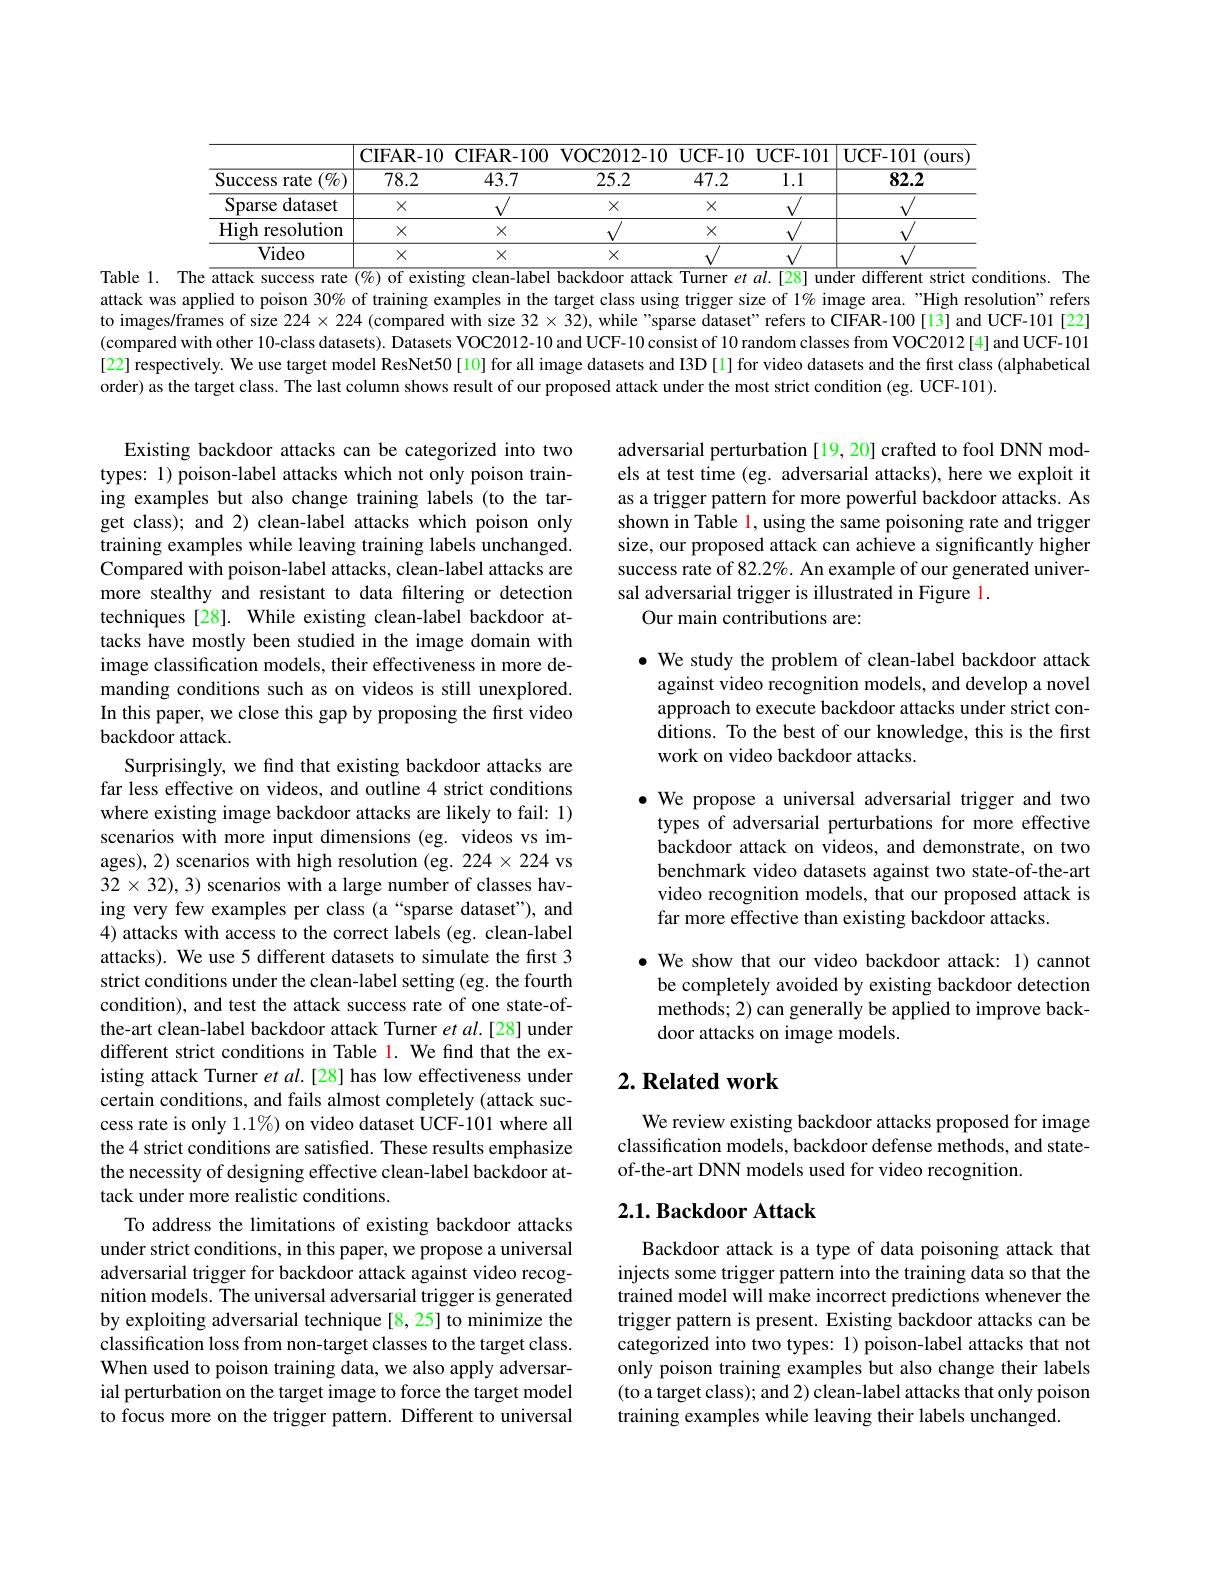
Table 1. The $\overline{\text{attacksuccess}}$ rate (%) of existing clean-label backdoor attack Turner $et$ al.[28] under different strict conditions. The

attack was applied to poison 30% of training examples in the target class using trigger size of 1% image area."High resolution" refers to images/frames of size $224\times224$ (compared with size $32\times32)$, while "sparse dataset" refers to CIFAR-100[13] and UCF-101[22] (compared with other 10-class datasets). Datasets VOC2012-10 and UCF-10 consist of 10 random classes from VOC2012[4] and UCF-101 [22] respectively. We use target model ResNet50[10] for all image datasets and I3D [1] for video datasets and the first class (alphabetical order) as the target class. The last column shows result of our proposed attack under the most strict condition (eg. UCF-101).

adversarial perturbation [19, 20] crafted to fool DNN models at test time (eg. adversarial attacks), here we exploit it as a trigger pattern for more powerful backdoor attacks. As shown in Table 1, using the same poisoning rate and trigger size, our proposed attack can achieve a significantly higher success rate of 82.2%. An example of our generated universal adversarial trigger is illustrated in Figure l.
Our main contributions are:

$\bullet$ We study the problem of clean-label backdoor attack
against video recognition models, and develop a novel approach to execute backdoor attacks under strict conditions. To the best of our knowledge, this is the first work on video backdoor attacks.

$\bullet$ We propose a universal adversarial trigger and two
types of adversarial perturbations for more effective backdoor attack on videos, and demonstrate, on two benchmark video datasets against two state-of-the-art video recognition models, that our proposed attack is far more effective than existing backdoor attacks.

Existing backdoor attacks can be categorized into two types: 1) poison-label attacks which not only poison training examples but also change training labels (to the target class); and 2) clean-label attacks which poison only training examples while leaving training labels unchanged. Compared with poison-label attacks, clean-label attacks are more stealthy and resistant to data filtering or detection techniques [28]. While existing clean-label backdoor attacks have mostly been studied in the image domain with image classification models, their effectiveness in more demanding conditions such as on videos is still unexplored. In this paper, we close this gap by proposing the first video backdoor attack
Surprisingly, we find that existing backdoor attacks are far less effective on videos, and outline 4 strict conditions where existing image backdoor attacks are likely to fail: 1) scenarios with more input dimensions (eg. videos vs images), 2) scenarios with high resolution (eg. 224×224 vs $32\times32),3)$ scenarios with a large number of classes having very few examples per class (a“sparse dataset”), and 4) attacks with access to the correct labels (eg. clean-label attacks). We use 5 different datasets to simulate the first 3 strict conditions under the clean-label setting (eg. the fourth condition), and test the attack success rate of one state-ofthe-art clean-label backdoor attack Turner $et$ al.[28] under different strict conditions in Table 1. We find that the existing attack Turner et al.[28] has low effectiveness under certain conditions, and fails almost completely (attack success rate is only 1.1%) on video dataset UCF-101 where all the 4 strict conditions are satisfied. These results emphasize the necessity of designing effective clean-label backdoor attack under more realistic conditions.
To address the limitations of existing backdoor attacks under strict conditions, in this paper, we propose a universal adversarial trigger for backdoor attack against video recognition models. The universal adversarial trigger is generated by exploiting adversarial technique [8,25] to minimize the classification loss from non-target classes to the target class. When used to poison training data, we also apply adversarial perturbation on the target image to force the target model to focus more on the trigger pattern. Different to universal

$\bullet$ We show that our video backdoor attack: 1) cannot
be completely avoided by existing backdoor detection methods; 2) can generally be applied to improve backdoor attacks on image models.

# $2. \textbf{ Related work}$

We review existing backdoor attacks proposed for image classification models, backdoor defense methods, and stateof-the-art DNN models used for video recognition.

## $2. 1. \textbf{ Backdoor Attack}$

Backdoor attack is a type of data poisoning attack that injects some trigger pattern into the training data so that the trained model will make incorrect predictions whenever the trigger pattern is present. Existing backdoor attacks can be categorized into two types: 1) poison-label attacks that not only poison training examples but also change their labels (to a target class); and 2) clean-label attacks that only poison training examples while leaving their labels unchanged.